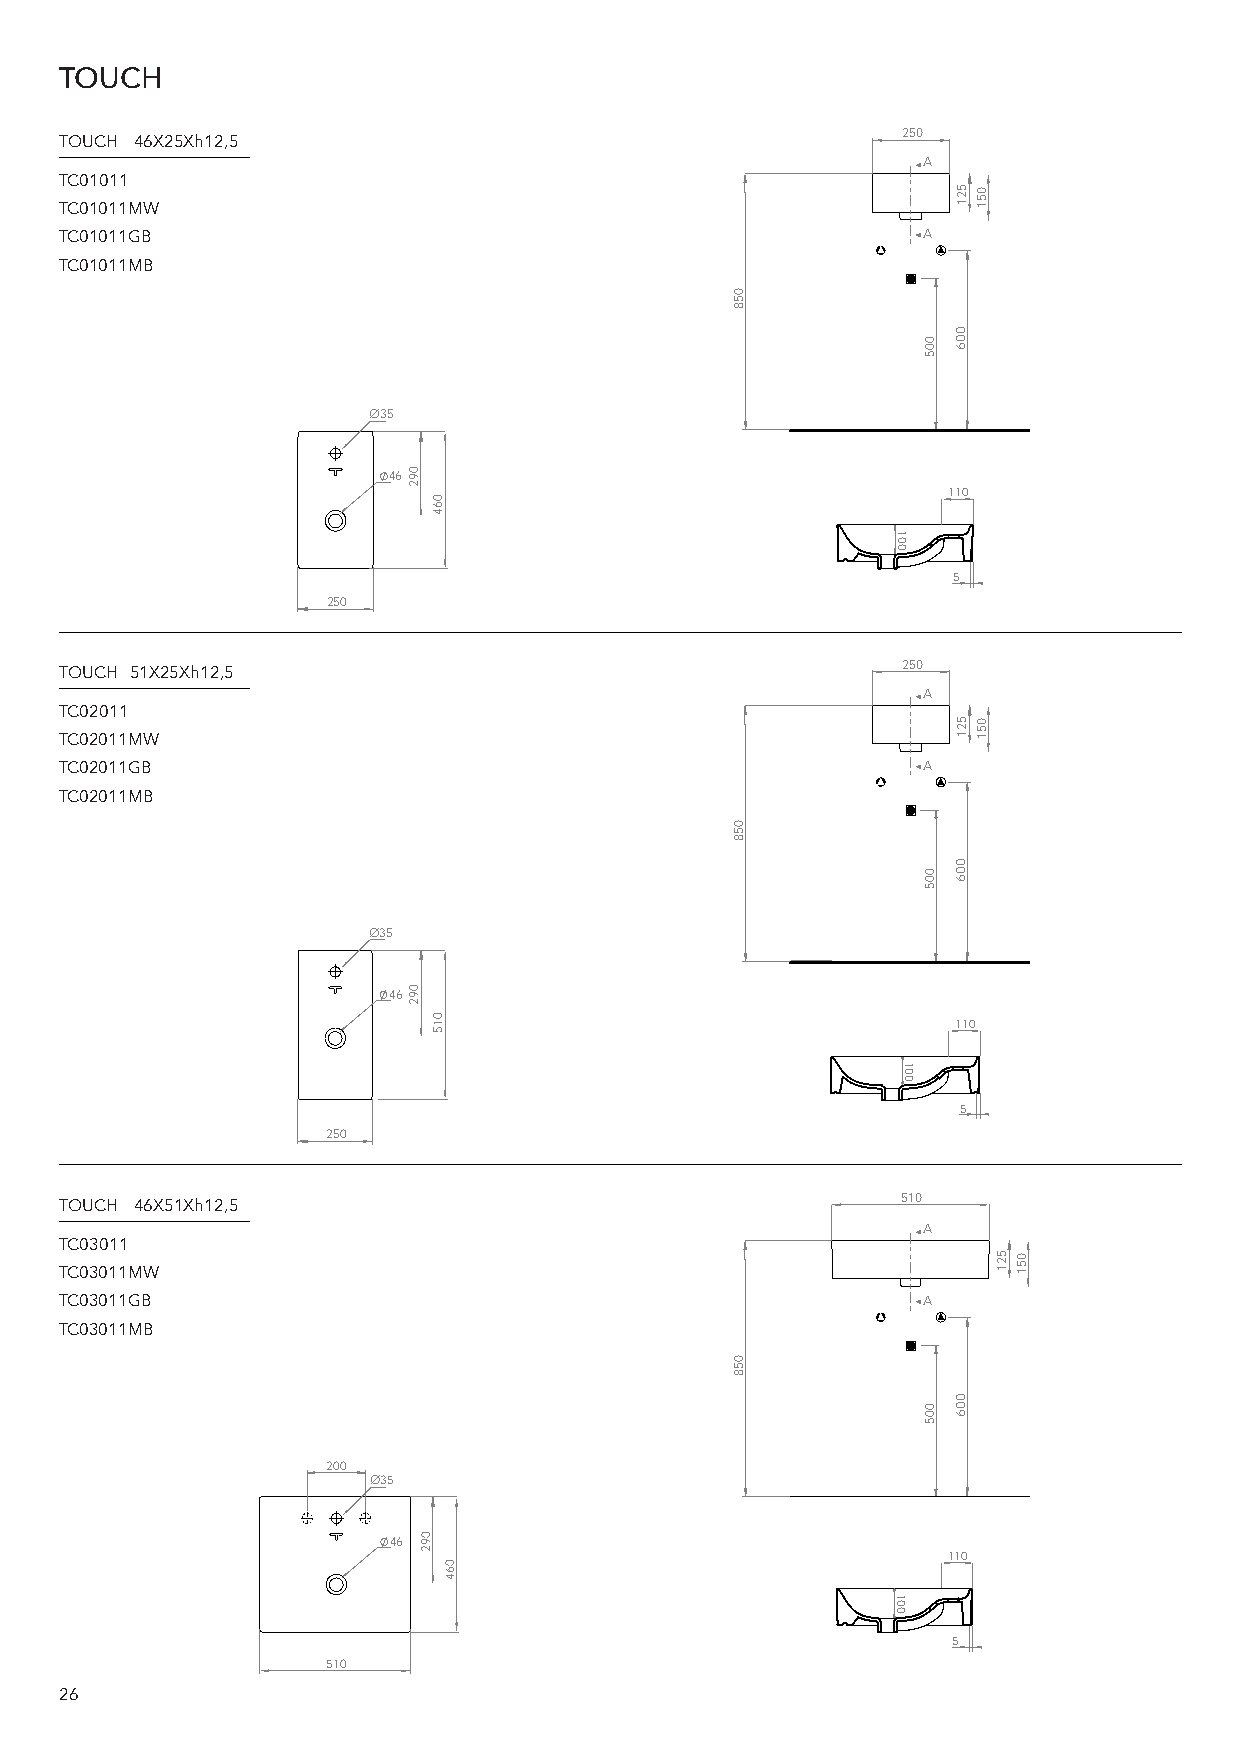
TOUCH
 250
 TOUCH 46X25Xh12,5
 A
 TC01011
 TC01011MW
 TC01011GB                                                A
 TC01011MB
 0
 5
 8
 Ø35
 46
 110
 5
 250
 250
 TOUCH 51X25Xh12,5
 A
 TC02011
 TC02011MW
 TC02011GB                                                A
 TC02011MB
 0
 5
 8
 Ø35
 46
 110
 5
 250
 510
 TOUCH 46X51Xh12,5
 A
 TC03011
 TC03011MW
 TC03011GB                                                A
 TC03011MB
 0
 5
 8
 200
 Ø35
 46
 110
 5
 510
 26
 092
 092
 092
 064
 015
 064
 100
 100
 100
 005
 005
 005
 521
 006
 521
 006
 006
 051
 051
 521 051